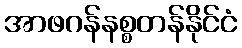
အာဖဂန်နစ္စတန်နိုင်ငံ